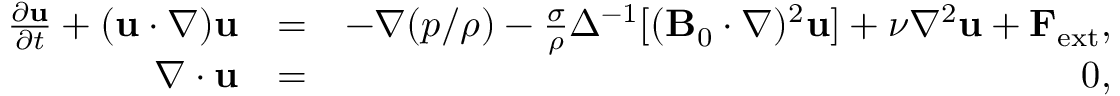
\begin{array} { r l r } { \frac { \partial { \bf u } } { \partial t } + ( { \bf u } \cdot \nabla ) { \bf u } } & { = } & { - \nabla ( { p } / { \rho } ) - \frac { \sigma } { \rho } \Delta ^ { - 1 } [ ( { \bf B } _ { 0 } \cdot \nabla ) ^ { 2 } { \bf u } ] + \nu \nabla ^ { 2 } { \bf u } + { \bf F } _ { \mathrm { e x t } } , } \\ { \nabla \cdot { \bf u } } & { = } & { 0 , } \end{array}